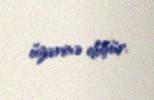
üzərinə düşür.